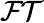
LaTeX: \mathcal{FT}